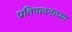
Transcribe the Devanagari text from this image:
प्रतिपादनाच्या